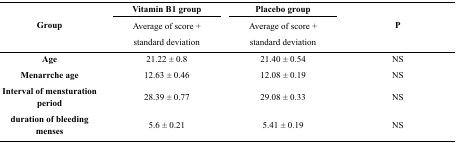
| <ROWSPAN=3> Group | Vitamin B1 group | Placebo group | <ROWSPAN=3> P |
 | Average of score + standard deviation | Average of score + standard deviation |
 | --- | --- | --- | --- |
 | Age | 21.22 ± 0.8 | 21.40 ± 0.54 | NS |
 | Menarrche age | 12.63 ± 0.46 | 12.08 ± 0.19 | NS |
 | Interval of mensturation period | 28.39 ± 0.77 | 29.08 ± 0.33 | NS |
 | duration of bleeding menses | 5.6 ± 0.21 | 5.41 ± 0.19 | NS |